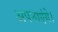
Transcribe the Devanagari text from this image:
अपनाएंगे।